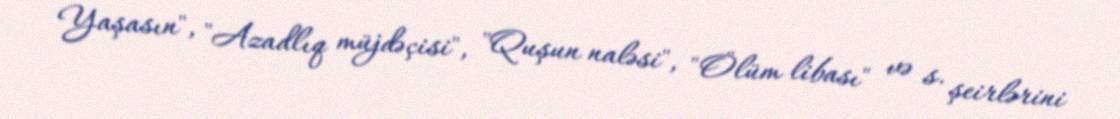
Yaşasın", "Azadlıq müjdəçisi", "Quşun naləsi", "Ölüm libası" və s. şeirlərini